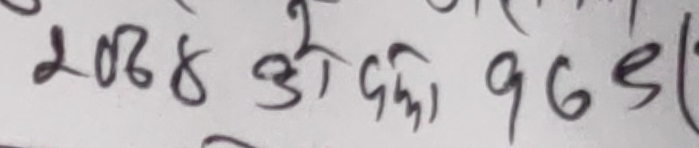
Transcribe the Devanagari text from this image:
2088 को दैनिक 965)